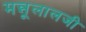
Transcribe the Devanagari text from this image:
मन्नूलालजी